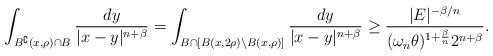
LaTeX: \begin{align*}\int_{B^{\complement}(x,\rho) \cap B} \frac{dy}{|x-y|^{n+\beta}}= \int_{ B \cap [B(x,2\rho)\setminus B(x,\rho)]} \frac{dy}{|x-y|^{n+\beta}}\geq \frac{|E|^{-\beta/n}}{(\omega_n \theta)^{1+\frac{\beta}{n}}2^{n+\beta}}.\end{align*}